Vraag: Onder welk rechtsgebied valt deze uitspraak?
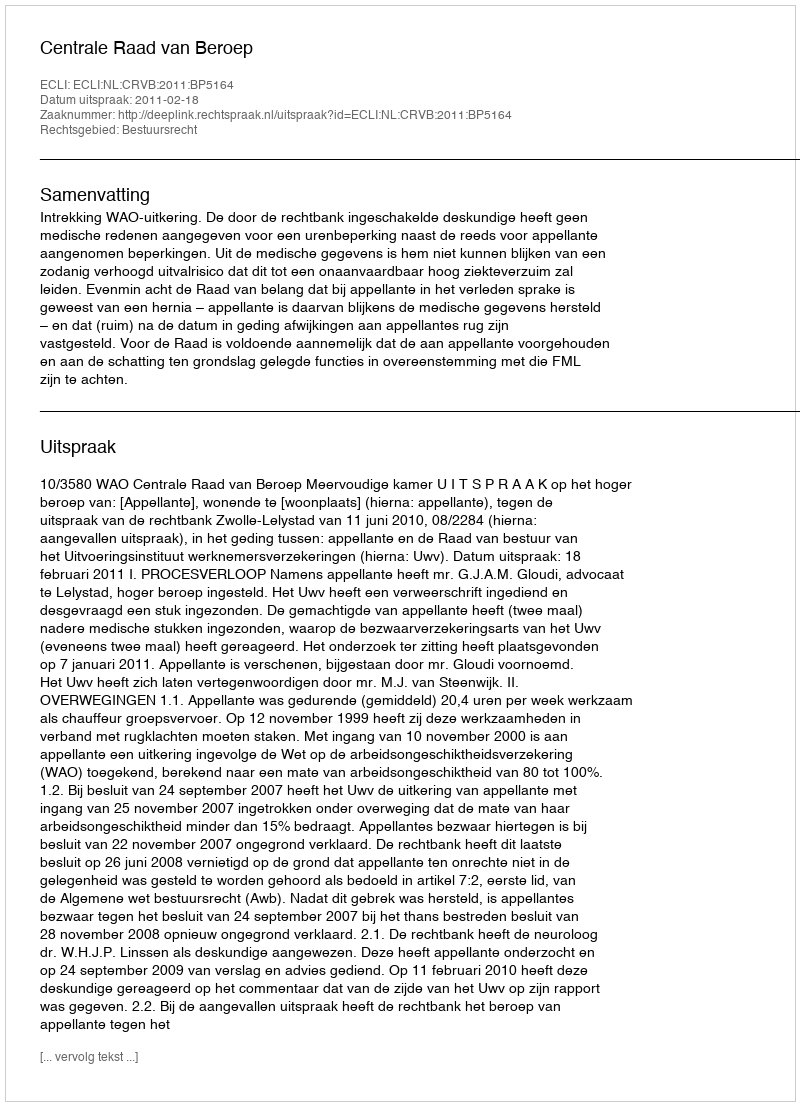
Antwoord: Bestuursrecht